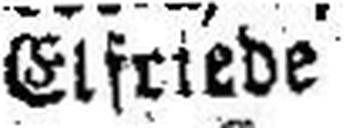
Elfriede